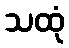
သထုံ